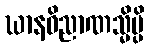
ဃာနဝိညာဏသ္မိမ္ပိ